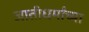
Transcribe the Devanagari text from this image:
जातीधर्मांच्या